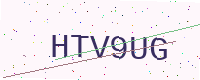
Text: HTV9UG